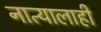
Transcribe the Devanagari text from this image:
नात्यालाही